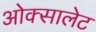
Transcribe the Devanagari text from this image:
ओक्सालेट